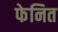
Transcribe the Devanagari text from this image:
फेनित